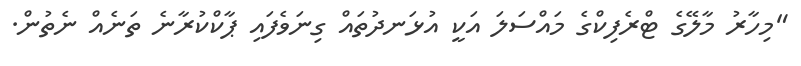
"މިހާރު މާލޭގެ ޓްރެފިކްގެ މައްސަލަ އަކީ އުޅަނދުތައް ގިނަވެފައި ޕާކްކުރާނެ ތަނެއް ނެތުން.